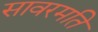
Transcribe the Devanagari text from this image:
सावरमति